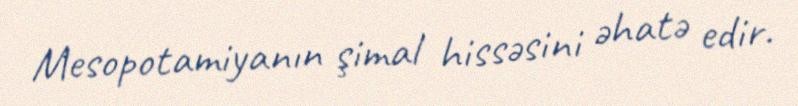
Mesopotamiyanın şimal hissəsini əhatə edir.